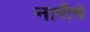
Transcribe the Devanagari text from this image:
नारीचे